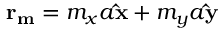
\mathbf { r } _ { \mathbf { m } } = m _ { x } a \mathbf { \hat { x } } + m _ { y } a \mathbf { \hat { y } }